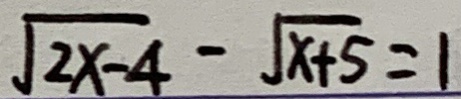
\sqrt { 2 x - 4 } - \sqrt { x + 5 } = 1